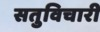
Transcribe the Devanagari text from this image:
सतुविचारी